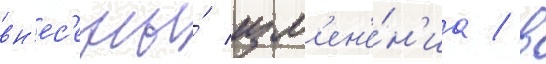
вн'ес'ены́ изм'ен'е́н'иа / в